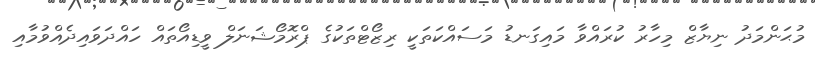
މުޙަންމަދު ނިޔާޒް މިހާރު ކުރައްވާ މައިގަނޑު މަސައްކަތަކީ ރިޒޯޓްތަކުގެ ޕްރޮމޯޝަނަލް ވީޑިއޯތައް ހައްދަވައިދެއްވުމާއި